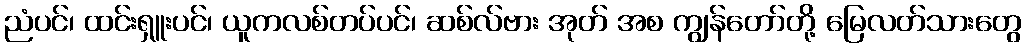
ညံပင်၊ ထင်းရှူးပင်၊ ယူကလစ်တပ်ပင်၊ ဆစ်လ်ဗား အုတ် အစ ကျွန်တော်တို့ မြေလတ်သားတွေ